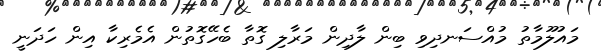
މައުލޫމާތު މުއްސަނދިވި ބިން ލާދިން މަރާލި ގޮތާ ބެހޭގޮތުން އެމެރިކާ އިން ހަދަނީ